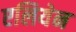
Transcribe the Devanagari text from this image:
एलियेन